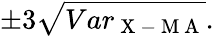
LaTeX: \pm 3\sqrt{Var_{\mathrm{~X~-~M~A~}}}.